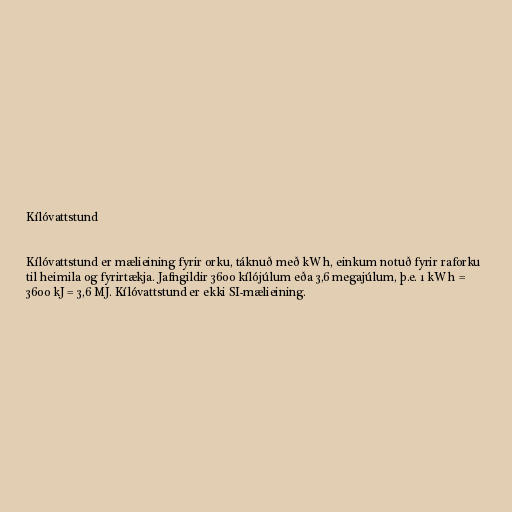
Kílóvattstund

Kílóvattstund er mælieining fyrir orku, táknuð með kW h, einkum notuð fyrir raforku
til heimila og fyrirtækja. Jafngildir 3600 kílójúlum eða 3,6 megajúlum, þ.e. 1 kW h =
3600 kJ = 3,6 MJ. Kílóvattstund er ekki SI-mælieining.